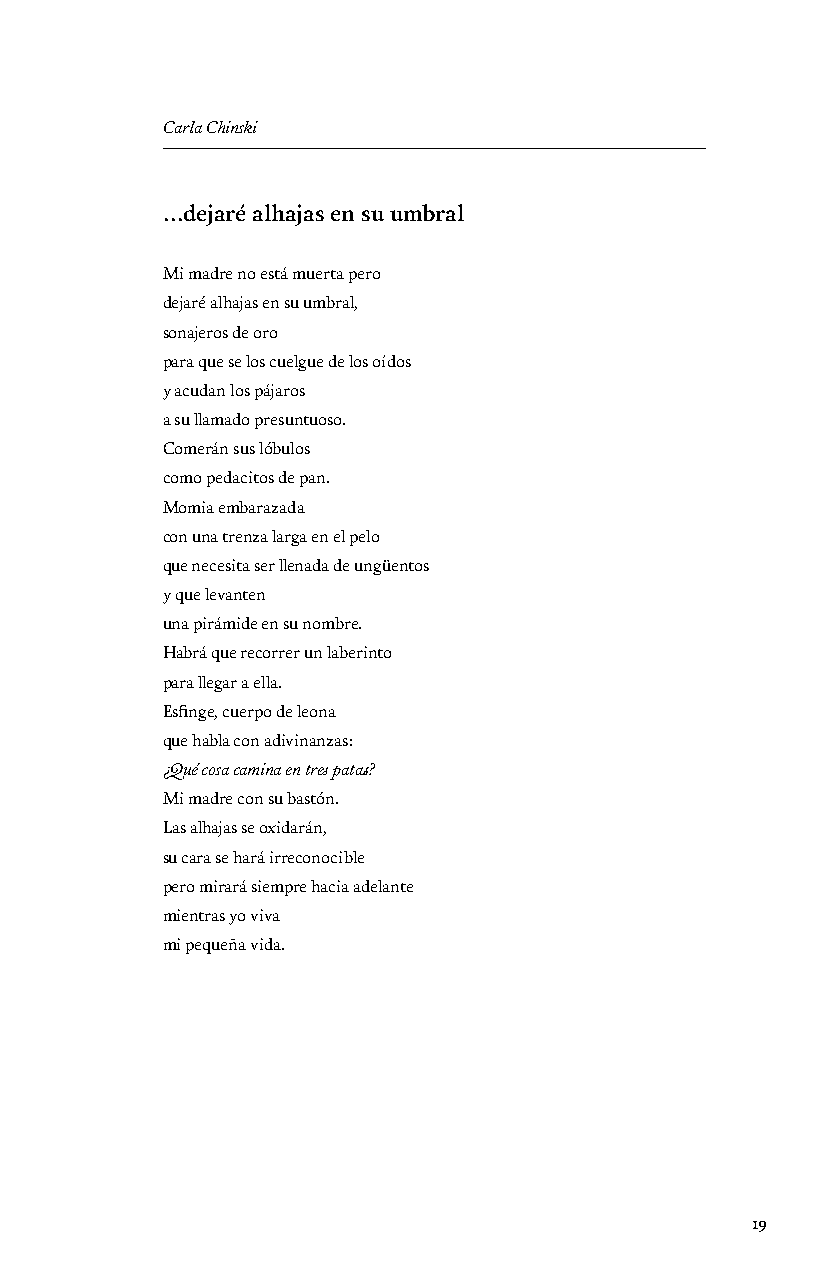
Carla Chinski
 …dejaré alhajas en su umbral
 Mi madre no está muerta pero
 dejaré alhajas en su umbral,
 sonajeros de oro
 para que se los cuelgue de los oídos
 y acudan los pájaros
 a su llamado presuntuoso.
 Comerán sus lóbulos
 como pedacitos de pan.
 Momia embarazada
 con una trenza larga en el pelo
 que necesita ser llenada de ungüentos
 y que levanten
 una pirámide en su nombre.
 Habrá que recorrer un laberinto
 para llegar a ella.
 Esfinge, cuerpo de leona
 que habla con adivinanzas:
 ¿Qué cosa camina en tres patas?
 Mi madre con su bastón.
 Las alhajas se oxidarán,
 su cara se hará irreconocible
 pero mirará siempre hacia adelante
 mientras yo viva
 mi pequeña vida.
 19